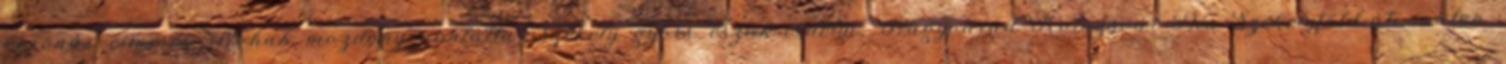
koronás címeres Nohab mozdony vontatta Székely gyors észak-erdélyi, Nagyvárad–Kolozsvár–Dés–Székelyföld-útvonalon